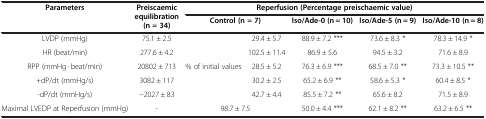
<table><thead><tr><td rowspan="2"><b>Parameters</b></td><td rowspan="2"><b>Preiscaemic equilibration (n = 34)</b></td><td colspan="5"><b>Reperfusion (Percentage preischaemic value)</b></td></tr><tr><td colspan="2"><b>Control (n = 7)</b></td><td><b>Iso/Ade-0 (n = 10)</b></td><td><b>Iso/Ade-5 (n = 9)</b></td><td><b>Iso/Ade-10 (n = 8)</b></td></tr></thead><tbody><tr><td>LVDP (mmHg)</td><td>75.1 ± 2.5</td><td rowspan="5">% of initial values</td><td>29.4 ± 5.7</td><td>88.9 ± 7.2 ***</td><td>73.6 ± 8.3 *</td><td>78.3 ± 14.9 *</td></tr><tr><td>HR (beat/min)</td><td>277.6 ± 4.2</td><td>102.5 ± 11.4</td><td>86.9 ± 5.6</td><td>94.5 ± 3.2</td><td>71.6 ± 8.9</td></tr><tr><td>RPP (mmHg · beat/min)</td><td>20802 ± 713</td><td>28.5 ± 5.2</td><td>76.3 ± 6.9 ***</td><td>68.5 ± 7.0 **</td><td>73.3 ± 10.5 **</td></tr><tr><td>+dP/dt (mmHg/s)</td><td>3082 ± 117</td><td>30.2 ± 2.5</td><td>65.2 ± 6.9 **</td><td>58.6 ± 5.3 *</td><td>60.4 ± 8.5 *</td></tr><tr><td>-dP/dt (mmHg/s)</td><td>−2027 ± 83</td><td>42.7 ± 4.4</td><td>85.5 ± 7.2 **</td><td>65.6 ± 8.2</td><td>71.5 ± 8.9</td></tr><tr><td>Maximal LVEDP at Reperfusion (mmHg)</td><td>-</td><td colspan="2">98.7 ± 7.5</td><td>50.0 ± 4.4 ***</td><td>62.1 ± 8.2 **</td><td>63.2 ± 6.5 **</td></tr></tbody></table>